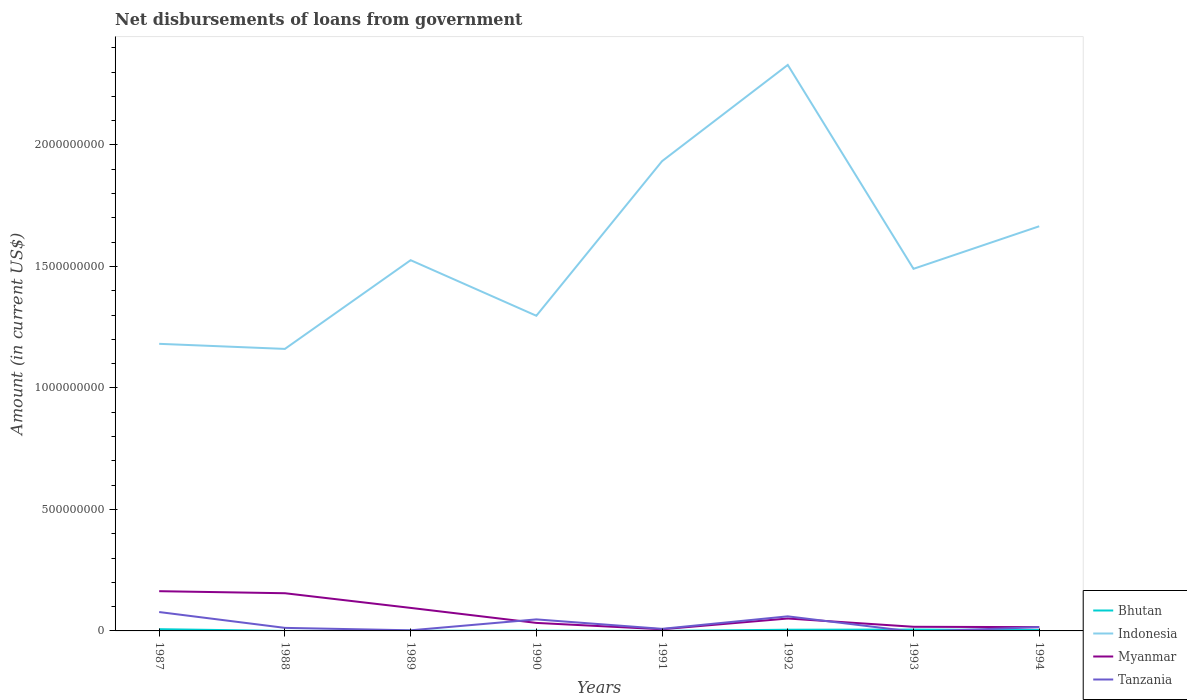
| Years | Bhutan | Indonesia | Myanmar | Tanzania |
 | --- | --- | --- | --- | --- |
 | 1987 | 7.11e+06 | 1.18e+09 | 1.64e+08 | 7.77e+07 |
 | 1988 | 7e+03 | 1.16e+09 | 1.55e+08 | 1.25e+07 |
 | 1989 | 6.94e+05 | 1.53e+09 | 9.48e+07 | 2.54e+06 |
 | 1990 | 9.27e+05 | 1.3e+09 | 3.3e+07 | 4.74e+07 |
 | 1991 | 6.9e+04 | 1.93e+09 | 6.85e+06 | 8.54e+06 |
 | 1992 | 4.94e+06 | 2.33e+09 | 5.11e+07 | 6e+07 |
 | 1993 | 5.61e+06 | 1.49e+09 | 1.7e+07 | -3.26e+06 |
 | 1994 | 3.74e+06 | 1.67e+09 | 1.55e+07 | 1.55e+07 |